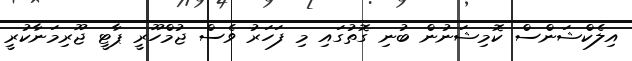
އިލެކްޝަންސް ކޮމިޝަނުން ބުނި ގޮތުގައި މި ފަހަރު ވެސް ޖުމްހޫރީ ޕާޓީ ޖޫރިމަނާކުރީ